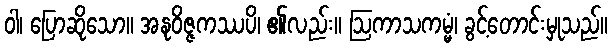
ဝါ၊ ပြောဆိုသော။ အနုဝိဇ္ဇကဿပိ၊ ၏လည်း။ ဩကာသကမ္မံ၊ ခွင့်တောင်းမှုသည်။